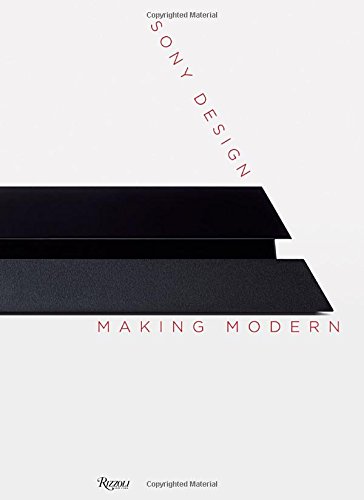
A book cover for Sony Design: Making Modern; Humor & Entertainment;